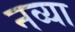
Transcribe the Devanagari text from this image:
नव्‍या